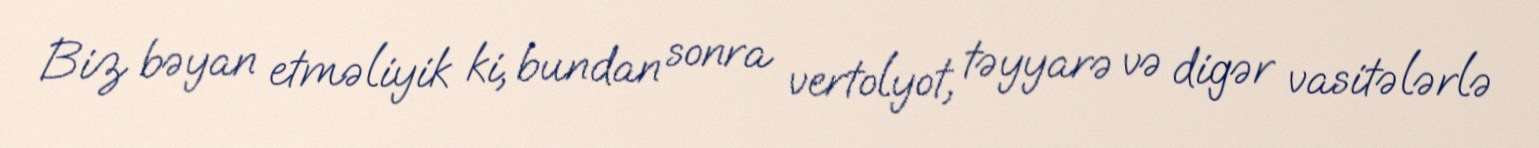
Biz bəyan etməliyik ki, bundan sonra vertolyot, təyyarə və digər vasitələrlə